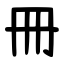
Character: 冊